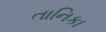
તાનિકા